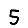
Digit: 5